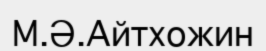
М.Ә.Айтхожин